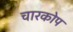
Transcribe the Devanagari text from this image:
चारकोप